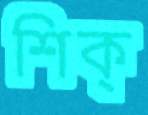
শিক্